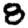
Digit: 8